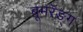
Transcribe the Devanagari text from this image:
बूमरॅङ्ग